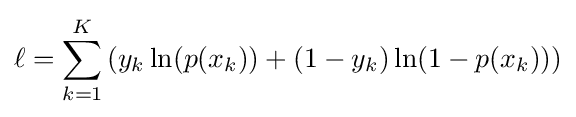
\ell =\sum _{k=1}^{K}\left(y_{k}\ln(p(x_{k}))+(1-y_{k})\ln(1-p(x_{k}))\right)